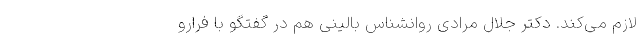
لازم می‌کند. دکتر جلال مرادی روانشناس بالینی هم در گفتگو با فرارو